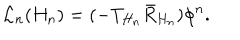
{ \cal L } _ { n } ( H _ { n } ) = ( - T _ { H _ { n } } \bar { R } _ { H _ { n } } ) \phi ^ { n } .